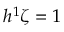
h ^ { 1 } \zeta = 1